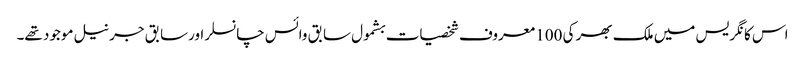
اس کانگریس میں ملک بھر کی 100 معروف شخصیات بشمول سابق وائس چانسلر اورسابق جرنیل موجود تھے۔